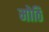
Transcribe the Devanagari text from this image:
मोठि